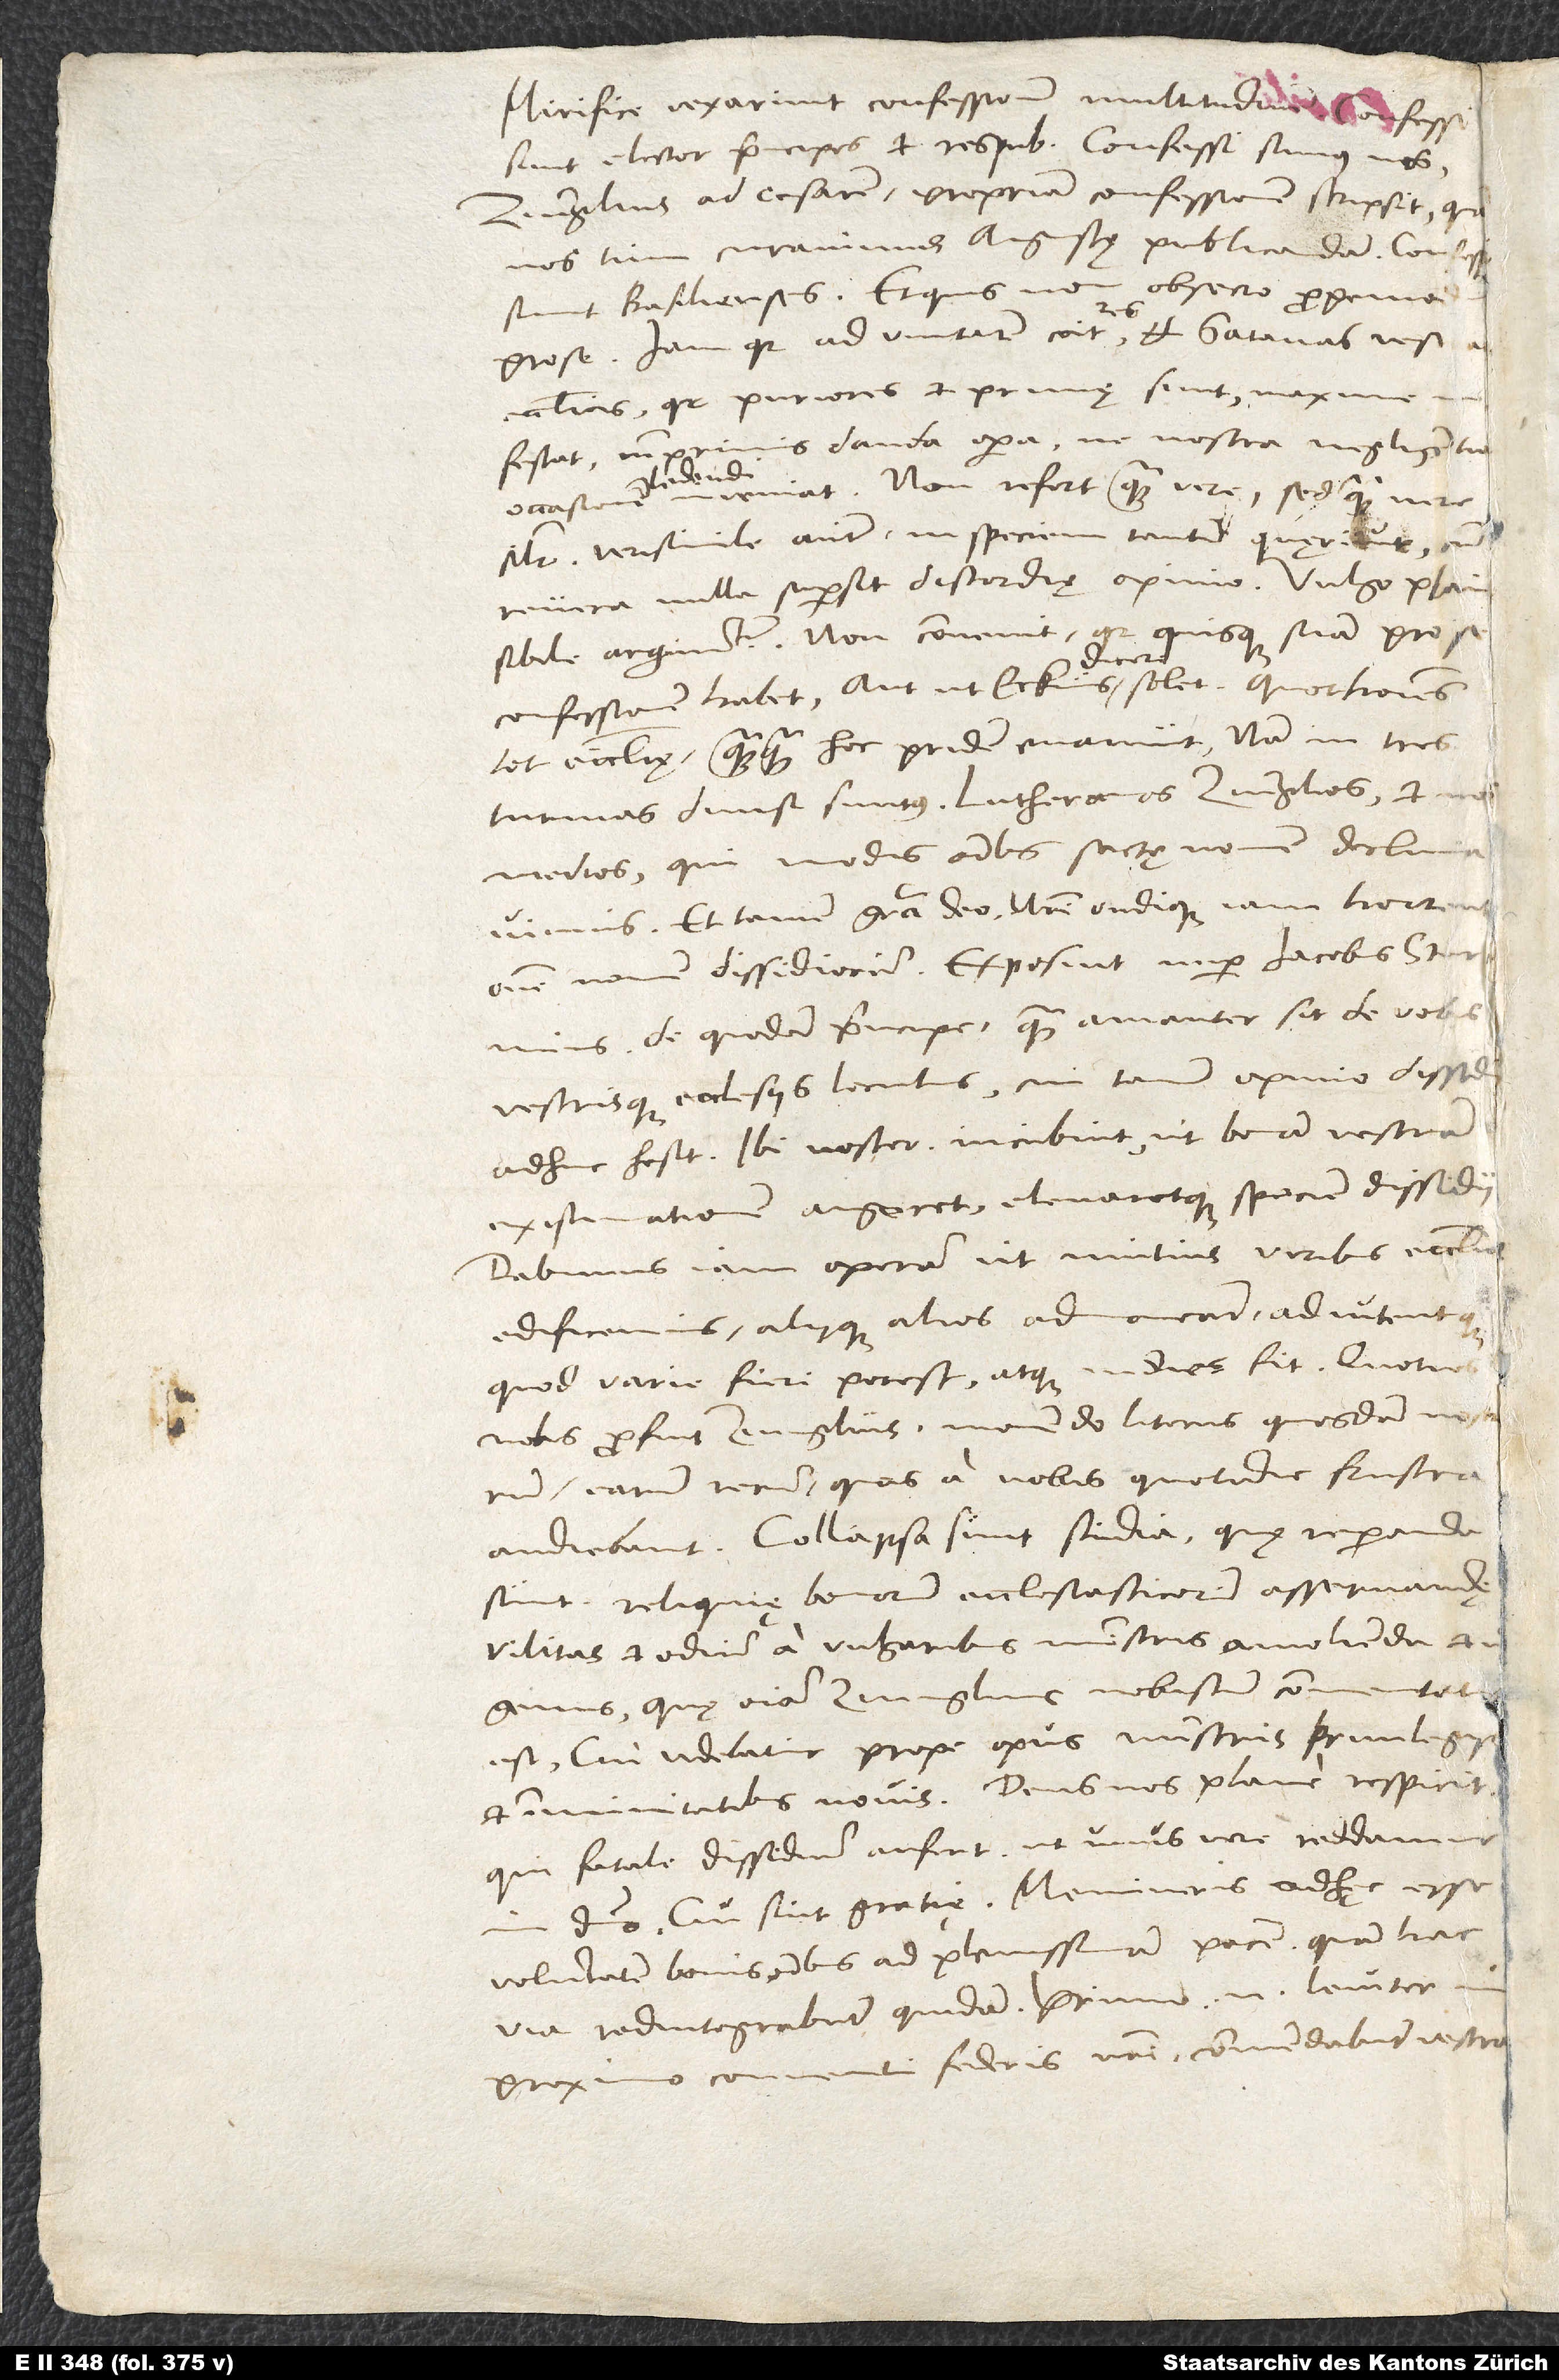
Mirifice vexarunt confessionum multitudinem: Confessi
sunt elector, principes et respublicae, confessi sumus nos
Zvinglius ad cesarem propriam confessionem scripsit, quam
nos tum curavimus Augustę publicandam, confessi
sunt Basilienses, et quis non, obsecro, propemodum
pro se. Iam quia ad unitatem coit res et satanas vestras
ecclesias, quia puriores et primę sint, maxime
infestat, cumprimis danda opera, ne nostra negligentia
ledendi
inveniat. Non refert, quam vere, sed quam yen
similiter. Verisimile autem in speciem tantum quęritur, cum
revera nulla supersit discordiae opinio. Vulgo plausibile
argumentum. Non convenit, quia quisque suum pro se
tot ecclesię. Quanquam hoc pridem evanuit; nam in has
Turmas divisi sumus: Lutheranos, Zvinglios et nos
medios, qui modis omnibus sectę nomen declinavimus.
Et tamen, gratia deo, nostri undique iam horrent
de quodam principe, quam amanter sit de vobis
vestrisque ecclesiis locutus, cui tamen opinio dissidii
adhuc hesit. Ibi noster incubuit, ut bonam vestram
existimationem augeret elevaretque speciem dissidii.
Dabimus iam operam, ut mutuis viribus ecclesiam
edificemus aliique alios admoneant adiutentque,
quod varie fieri potest atque indies fit. Quoties
nobis prof uit Zvinglius monendo literis quosdam nostrorum
earum rerum, quas a nobis quotidie frustra
audiebant! Collapsa sunt studia, quae reparanda
sunt, reliquię bonorum ecclesiasticorum asservandę,
vilitas et odium a vulgaribus ministris amolienda, et
genus, quę omnia Zvinglius nobiscum commentatus
est, cui videbatur prope opus ministris, privilegiis
et immunitatibus novis. Deus nos plane respicit,
qui fatale dissidium aufert, ut unus vere reddamur
domino. Cui sint gratiae. Memineris adhęc esse
voluntatem bonis omnibus ad plenissimam pacem, quam hac
via redintegrabunt quidam. Primo enim leviter
proximo conventu federis nostri commendabunt vestras